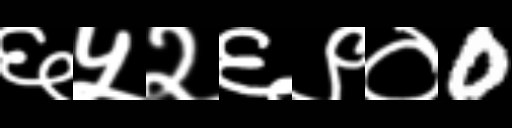
Text: ६५२६९०0